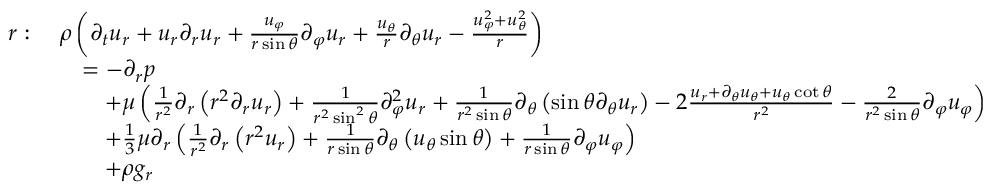
{ \begin{array} { r l } { r : \ } & { \rho \left( { \partial _ { t } u _ { r } } + u _ { r } { \partial _ { r } u _ { r } } + { \frac { u _ { \varphi } } { r \sin \theta } } { \partial _ { \varphi } u _ { r } } + { \frac { u _ { \theta } } { r } } { \partial _ { \theta } u _ { r } } - { \frac { u _ { \varphi } ^ { 2 } + u _ { \theta } ^ { 2 } } { r } } \right) } \\ & { \quad = - { \partial _ { r } p } } \\ & { \qquad + \mu \left( { \frac { 1 } { r ^ { 2 } } } \partial _ { r } \left( r ^ { 2 } { \partial _ { r } u _ { r } } \right) + { \frac { 1 } { r ^ { 2 } \sin ^ { 2 } \theta } } { \partial _ { \varphi } ^ { 2 } u _ { r } } + { \frac { 1 } { r ^ { 2 } \sin \theta } } \partial _ { \theta } \left( \sin \theta { \partial _ { \theta } u _ { r } } \right) - 2 { \frac { u _ { r } + { \partial _ { \theta } u _ { \theta } } + u _ { \theta } \cot \theta } { r ^ { 2 } } } - { \frac { 2 } { r ^ { 2 } \sin \theta } } { \partial _ { \varphi } u _ { \varphi } } \right) } \\ & { \qquad + { \frac { 1 } { 3 } } \mu \partial _ { r } \left( { \frac { 1 } { r ^ { 2 } } } \partial _ { r } \left( r ^ { 2 } u _ { r } \right) + { \frac { 1 } { r \sin \theta } } \partial _ { \theta } \left( u _ { \theta } \sin \theta \right) + { \frac { 1 } { r \sin \theta } } { \partial _ { \varphi } u _ { \varphi } } \right) } \\ & { \qquad + \rho g _ { r } } \end{array} }